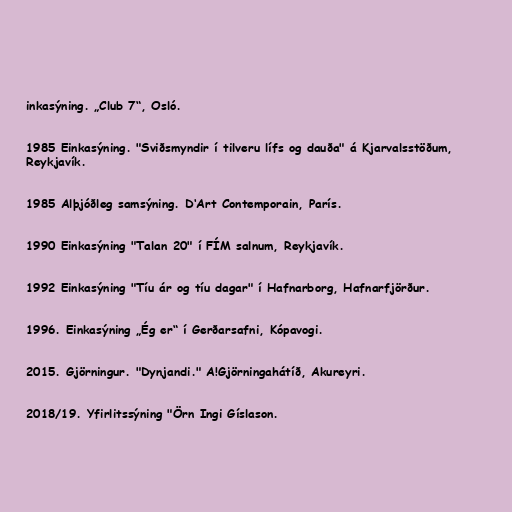
inkasýning. „Club 7“, Osló.

1985 Einkasýning. "Sviðsmyndir í tilveru lífs og dauða" á Kjarvalsstöðum,
Reykjavík.

1985 Alþjóðleg samsýning. D‘Art Contemporain, París.

1990 Einkasýning "Talan 20" í FÍM salnum, Reykjavík.

1992 Einkasýning "Tíu ár og tíu dagar" í Hafnarborg, Hafnarfjörður.

1996. Einkasýning „Ég er“ í Gerðarsafni, Kópavogi.

2015. Gjörningur. "Dynjandi." A!Gjörningahátíð, Akureyri.

2018/19. Yfirlitssýning "Örn Ingi Gíslason.